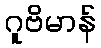
ဂူဗိမာန်